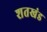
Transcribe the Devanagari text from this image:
शतखंड